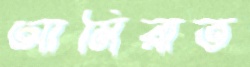
আমিরাত